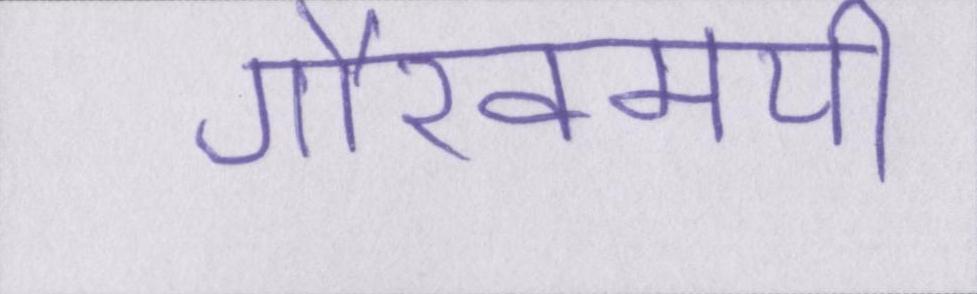
गौरवमयी